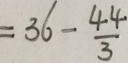
= 3 6 - \frac { 4 4 } { 3 }